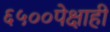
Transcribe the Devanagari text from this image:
६५००पेक्षाही